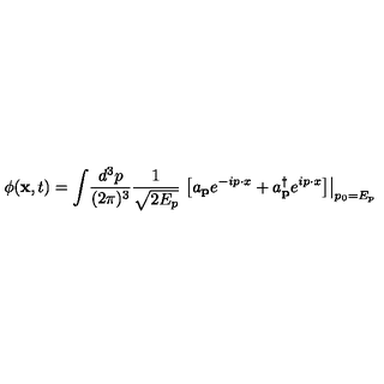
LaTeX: \phi ( { \bf x } , t ) = \int \! \frac { d ^ { 3 } p } { ( 2 \pi ) ^ { 3 } } \frac { 1 } { \sqrt { 2 E _ { p } } } \left. \left[ a _ { \bf p } e ^ { - i p \cdot x } + a _ { \bf p } ^ { \dag } e ^ { i p \cdot x } \right] \right| _ { p _ { 0 } = E _ { p } }